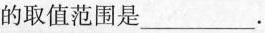
的取值范围是___.